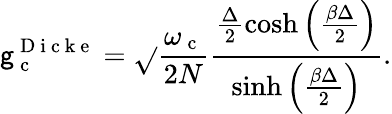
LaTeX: \mathsf{g}_{\mathrm{{~c~}}}^{\mathrm{{~D~i~c~k~e~}}}=\sqrt{}{{\frac{{\omega_{\mathrm{{~c~}}}}}{{2N}}\frac{{\frac{{\Delta}}{{2}}\cosh\left(\frac{{\beta\Delta}}{{2}}\right)}}{{\sinh\left(\frac{{\beta\Delta}}{{2}}\right)}}}}.